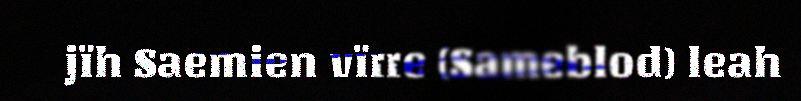
jïh Saemien vïrre (Sameblod) leah